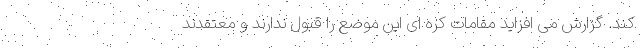
کند. گزارش می افزاید مقامات کره ای این موضع را قبول ندارند و معتقدند